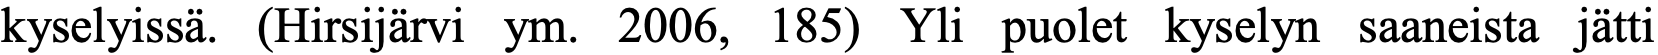
kyselyissä. (Hirsijärvi ym. 2006, 185) Yli puolet kyselyn saaneista jätti